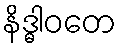
နိဒ္ဓါဝတေ